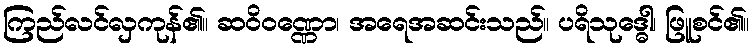
ကြည်လင်လှကုန်၏။ ဆဝိဝဏ္ဏော၊ အရေအဆင်းသည်။ ပရိသုဒ္ဓေါ၊ ဖြူစင်၏။